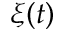
\xi ( t )